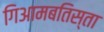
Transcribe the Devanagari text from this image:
गिआमबतिस्ता